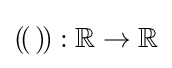
(\!(\,)\!):\mathbb {R} \rightarrow \mathbb {R}